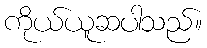
ကိုယ်ယူဆပါသည်။